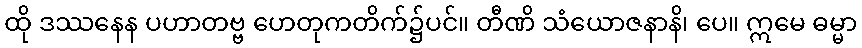
ထို ဒဿနေန ပဟာတဗ္ဗ ဟေတုကတိက်၌ပင်။ တီဏိ သံယောဇနာနိ၊ ပေ။ ဣမေ ဓမ္မာ